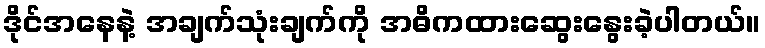
ဒိုင်အနေနဲ့ အချက်သုံးချက်ကို အဓိကထားဆွေးနွေးခဲ့ပါတယ်။